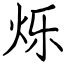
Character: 烁